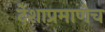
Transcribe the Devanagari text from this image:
देशाप्रमाणेच